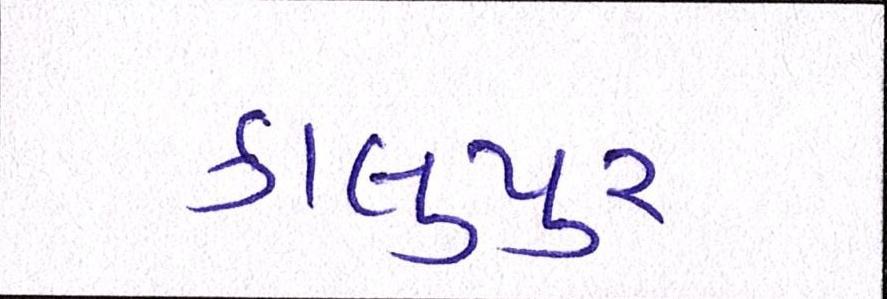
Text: કાલુપુર